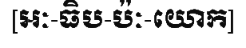
[អៈ-ធិប-ប៉ៈ-យោក]